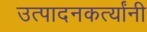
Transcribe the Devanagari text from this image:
उत्पादनकर्त्यांनी